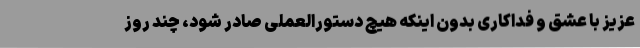
عزیز با عشق و فداکاری بدون اینکه هیچ دستورالعملی صادر شود، چند روز